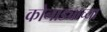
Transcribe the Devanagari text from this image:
कोनाड्याच्या